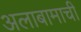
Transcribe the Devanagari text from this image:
अलाबामाची